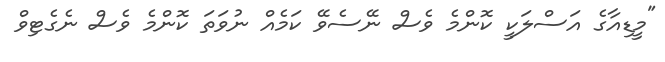
"މީޑިއާގެ އަސްލަކީ ކޮންމެ ވެސް ނޭސެވޭ ކަމެއް ނުވަތަ ކޮންމެ ވެސް ނެގެޓިވް